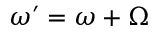
{ \boldsymbol { \omega } } ^ { \prime } = { \boldsymbol { \omega } } + { \boldsymbol { \Omega } }